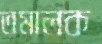
তমালক